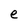
Character: e